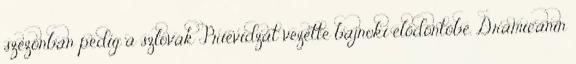
szezonban pedig a szlovák Prievidzát vezette bajnoki elődöntőbe. Dramicanin